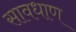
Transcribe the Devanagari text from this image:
सावधाण